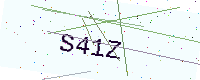
Text: S41Z